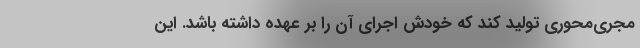
مجری‌محوری تولید کند که خودش اجرای آن را بر عهده داشته باشد. این